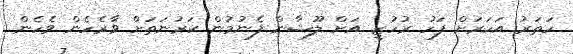
ހަތަރު އަހަރަށް ފަހު ރުހުޒީ އަށް ލޫޝާން ފެނުމުން ކަރުނަތަށް ވާރެހެން ވެހެން